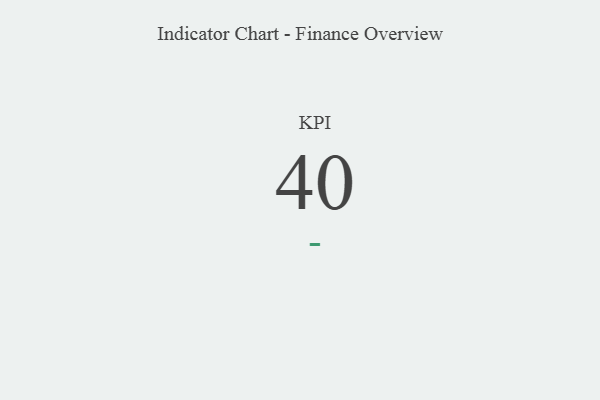
{"axis": {"x": "KPI", "y": "Value"}, "legend": [""], "data": [{"x": "KPI", "y": 40, "type": ""}]}